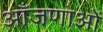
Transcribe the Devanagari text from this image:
आँजणाओं